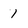
Character: I